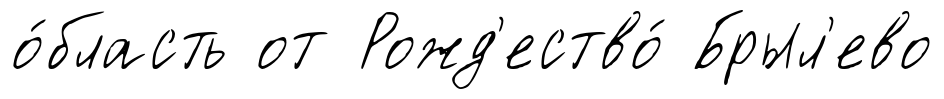
о́бласть от Рожд'ество́ Брыл'ево